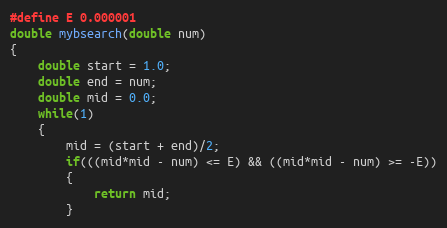
Language: C
#define E 0.000001
double mybsearch(double num)
{
	double start = 1.0;
	double end = num;
    double mid = 0.0;
	while(1)
	{
	    mid = (start + end)/2;
        if(((mid*mid - num) <= E) && ((mid*mid - num) >= -E))
		{
			return mid;
		}